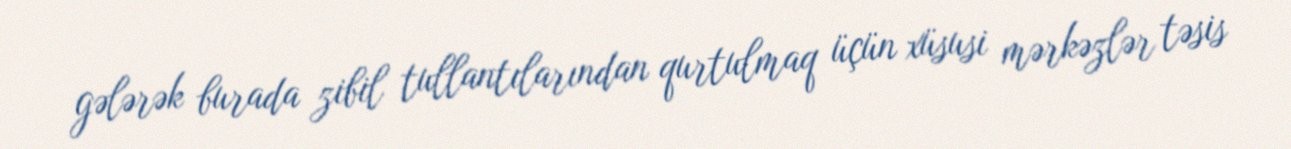
gələrək burada zibil tullantılarından qurtulmaq üçün xüsusi mərkəzlər təsis